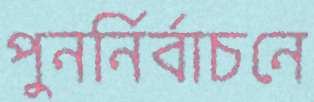
পুনর্নির্বাচনে